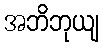
အဘိဘုယျ